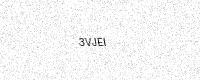
Text: 3VJEI